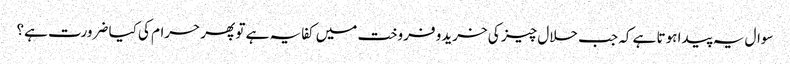
سوال یہ پیدا ہوتا ہے کہ جب حلال چیز کی خریدو فروخت میں کفایہ ہے تو پھر حرام کی کیا ضرورت ہے؟